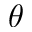
\theta